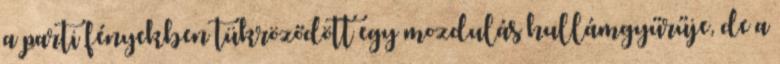
a parti fényekben tükröződött egy mozdulás hullámgyűrűje, de a